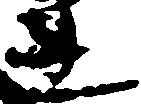
連